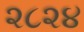
૨૮૨૪